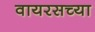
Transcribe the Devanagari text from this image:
वायरसच्या